Indian journal of veterinary science and animal husbandry - Volume 10,
Year: 1940
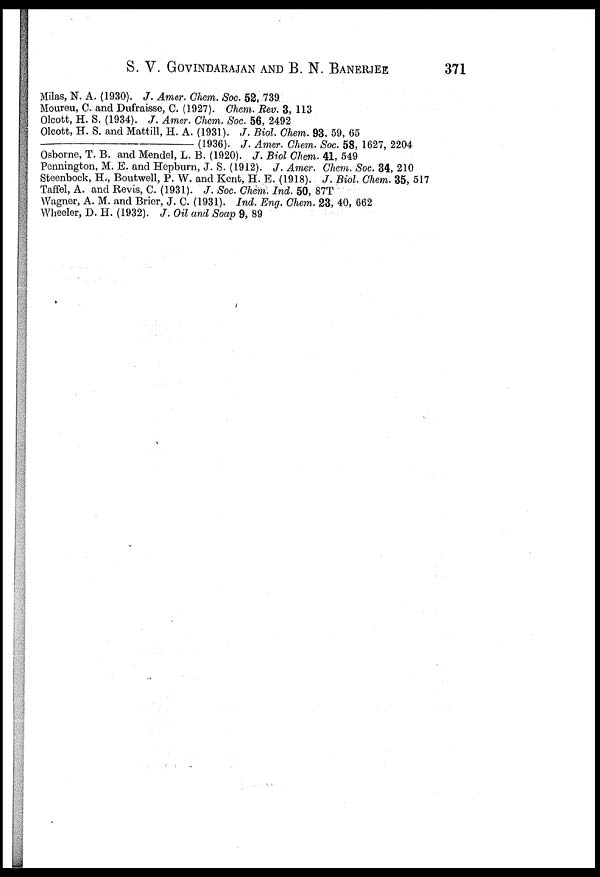
S. V. GOVINDARAJAN AND B. N. BANERJEE
371
Milas, N. A. (1930). J. Amer. Chem. Soc. 52, 739
Moureu, C. and Dufraisse, C. (1927). Chem. Rev. 3, 113
Olcott, H. S. (1934). J. Amer. Chem. Soc. 56, 2492
Olcott, H. S. and Mattill, H. A. (1931). J. Biol. Chem. 93, 59, 65
—
(1936). J. Amer. Chem. Soc. 58, 1627, 2204
Osborne, T. B. and Mendel, L. B. (1920). J. Biol Chem. 41, 549
Pennington, M. E. and Hepburn, J. S. (1912). J. Amer. Chem. Soc. 34, 210
Steenbock, H., Boutwell, P. W. and Kent, H. E. (1918). J. Biol. Chem. 35, 517
Taffel, A. and Revis, C. (1931). J. Soc. Chem. Ind. 50, 87T
Wagner, A. M. and Brier, J. C. (1931). Ind. Eng. Chem. 23, 40, 662
Wheeler, D. H. (1932). J. Oil and Soap 9, 89